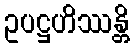
ဥပဋ္ဌဟိဿန္တိ